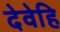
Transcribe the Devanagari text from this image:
देवेहि